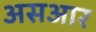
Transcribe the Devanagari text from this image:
असआर